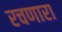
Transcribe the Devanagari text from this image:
रचणारा